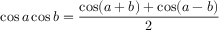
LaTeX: \cos a \cos b = { \frac { \cos ( a + b ) + \cos ( a - b ) } { 2 } }